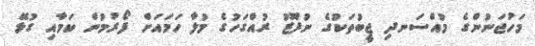
މަހުޖަނުންގެ މުއްސަނދި ޖީބުތަކުގެ ނުފޫޒު ރުއްގަހުގެ މުލާ ހަމައަށް ފޯރުމުން ކަމާއި ގުޅޭ